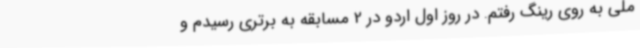
ملی به روی رینگ رفتم. در روز اول اردو در 2 مسابقه به برتری رسیدم و